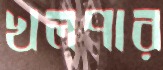
খলপার